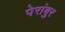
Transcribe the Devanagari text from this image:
पेरांबुर